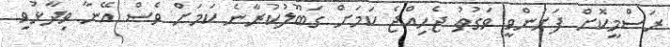
ރަސްމީކޮށް ފަށަންވީ ވަގުތު ޖެހިއްޖެ ކަމަށް ގަބޫލުކުރާނެ ކަމަށް ވެސް އޭނާ ވިދާޅުވި